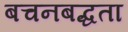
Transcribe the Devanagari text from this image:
बचनबद्धता